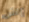
إتش